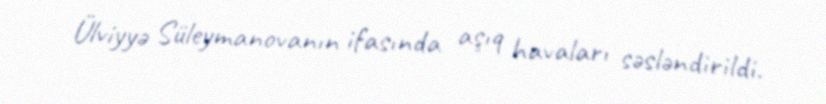
Ülviyyə Süleymanovanın ifasında aşıq havaları səsləndirildi.